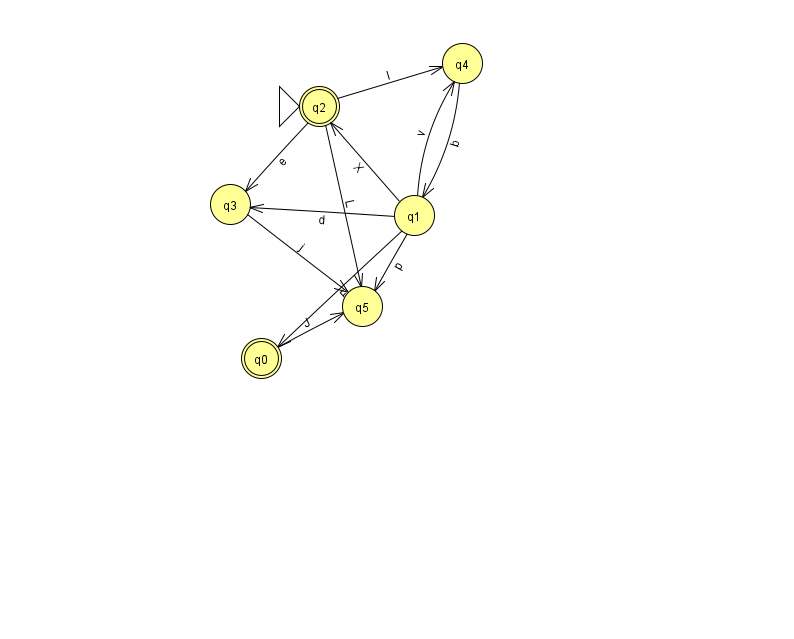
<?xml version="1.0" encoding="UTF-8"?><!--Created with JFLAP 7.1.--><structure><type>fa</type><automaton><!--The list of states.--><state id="0" name="q0"><x>261.0</x><y>345.0</y><final/></state><state id="1" name="q1"><x>414.0</x><y>202.0</y></state><state id="2" name="q2"><x>319.0</x><y>93.0</y><initial/><final/></state><state id="3" name="q3"><x>230.0</x><y>191.0</y></state><state id="4" name="q4"><x>462.0</x><y>50.0</y></state><state id="5" name="q5"><x>362.0</x><y>293.0</y></state><!--The list of transitions.--><transition><from>3</from><to>5</to><read>j</read></transition><transition><from>1</from><to>3</to><read>d</read></transition><transition><from>1</from><to>2</to><read>X</read></transition><transition><from>2</from><to>4</to><read>l</read></transition><transition><from>4</from><to>1</to><read>b</read></transition><transition><from>1</from><to>0</to><read>F</read></transition><transition><from>1</from><to>4</to><read>v</read></transition><transition><from>0</from><to>5</to><read>J</read></transition><transition><from>1</from><to>5</to><read>p</read></transition><transition><from>2</from><to>3</to><read>e</read></transition><transition><from>2</from><to>5</to><read>L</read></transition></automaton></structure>